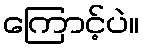
ကြောင့်ပဲ။